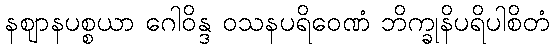
နဈာနပစ္စယာ ဂေါဝိန္ဒ ဝသနပရိဝေဏံ ဘိက္ခုနိပရိပါစိတံ